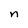
Character: n